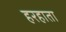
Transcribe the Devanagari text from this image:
हरहाता